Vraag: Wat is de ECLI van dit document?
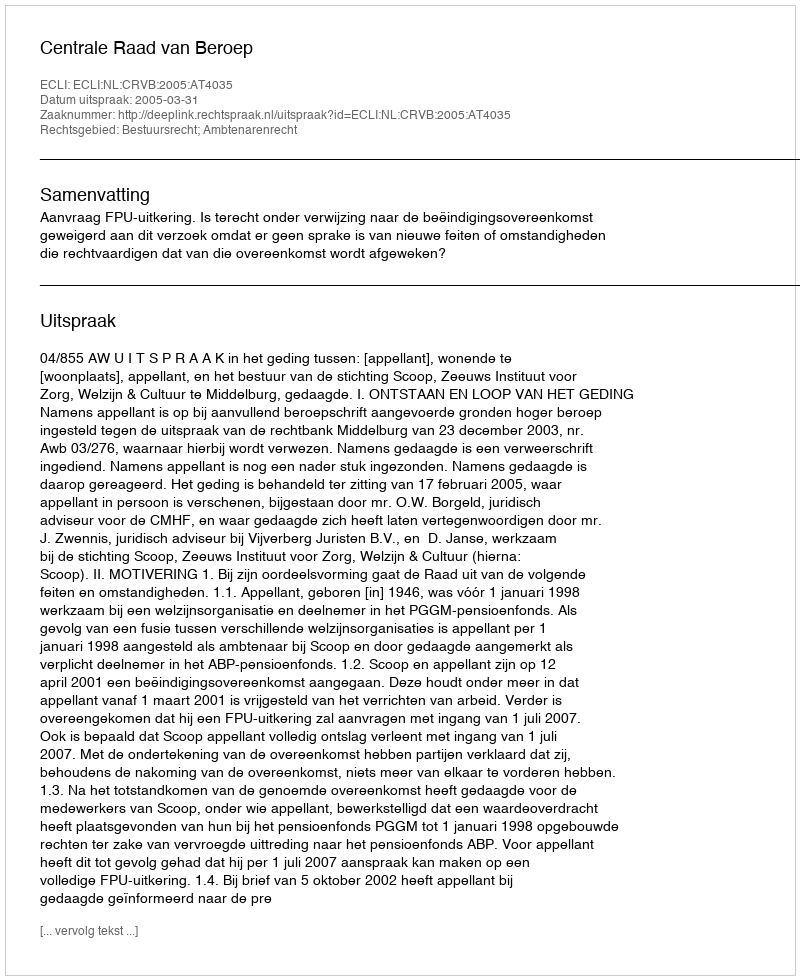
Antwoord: ECLI:NL:CRVB:2005:AT4035